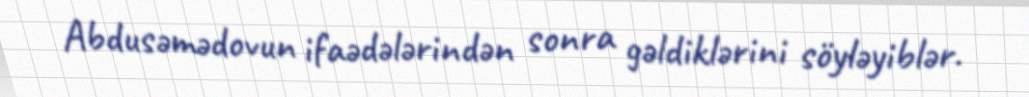
Abdusəmədovun ifaədələrindən sonra gəldiklərini söyləyiblər.